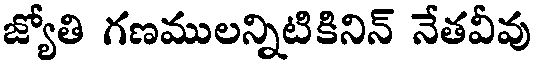
జ్యోతి గణములన్నిటికినిన్ నేతవీవు